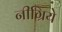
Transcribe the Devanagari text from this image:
नीग्रिये